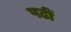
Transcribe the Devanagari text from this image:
पढीं